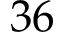
3 6